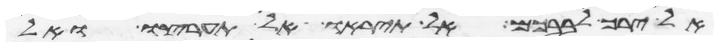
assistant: אל ירך לבבכם אל תיראו ואל תערצו ואל